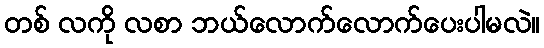
တစ် လကို လစာ ဘယ်လောက်လောက်ပေးပါမလဲ။